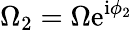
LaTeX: \Omega_{2}=\Omega\mathrm{e}^{\mathrm{i}\phi_{2}}